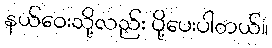
နယ်ဝေးသို့လည်း ပို့ပေးပါတယ်။